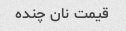
قیمت نان چنده